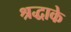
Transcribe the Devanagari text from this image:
श्रद्धाके